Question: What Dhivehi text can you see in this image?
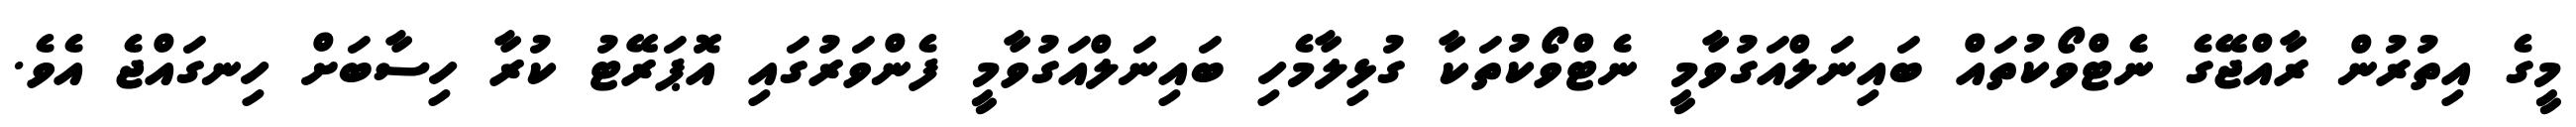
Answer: މީގެ އިތުރުން ރާއްޖޭގެ ނެޓްވޯކުތައް ބައިނަލްއަގުވާމީ ނެޓްވޯކުތަކާ ގުޅިލާމެހި ބައިނަލްއަގުވާމީ ފެންވަރުގައި އޮޕަރޭޓު ކުރާ ހިސާބަށް ހިނގައްޖެ އެވެ.